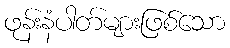
ဖုန်းနံပါတ်များဖြစ်သော